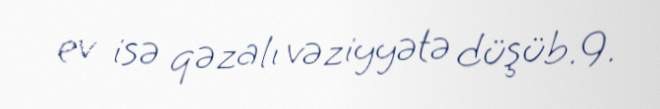
ev isə qəzalı vəziyyətə düşüb.9.